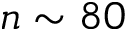
n \sim 8 0